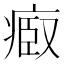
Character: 𤷌